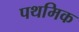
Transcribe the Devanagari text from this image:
पथमिक